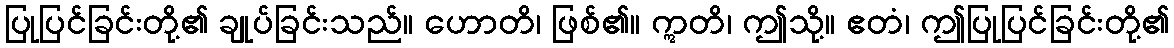
ပြုပြင်ခြင်းတို့၏ ချုပ်ခြင်းသည်။ ဟောတိ၊ ဖြစ်၏။ ဣတိ၊ ဤသို့။ ဧတံ၊ ဤပြုပြင်ခြင်းတို့၏